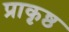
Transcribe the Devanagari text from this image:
प्राकृष्ठ